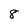
Character: 8